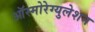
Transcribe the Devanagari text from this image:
ऑस्मोरेग्युलेशन